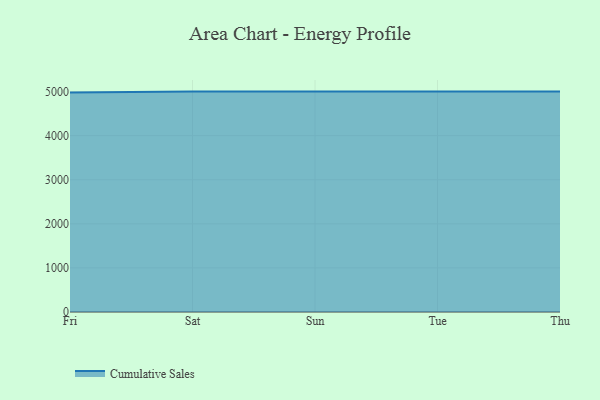
{"axis": {"x": "Day", "y": "Demand Index"}, "legend": ["Cumulative Sales"], "data": [{"x": "Fri", "y": 4979.8, "type": "Cumulative Sales"}, {"x": "Sat", "y": 5000, "type": "Cumulative Sales"}, {"x": "Sun", "y": 5000, "type": "Cumulative Sales"}, {"x": "Tue", "y": 5000, "type": "Cumulative Sales"}, {"x": "Thu", "y": 5000, "type": "Cumulative Sales"}]}